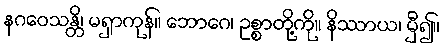
နဂဝေသန္တိ၊ မရှာကုန်။ ဘောဂေ၊ ဥစ္စာတို့ကို။ နိဿာယ၊ မှီ၍။